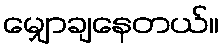
မျှောချနေတယ်။